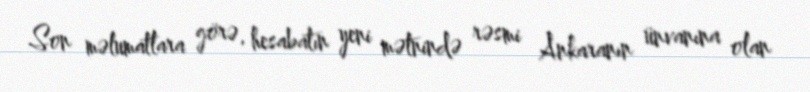
Son məlumatlara görə, hesabatın yeni mətnində rəsmi Ankaranın ünvanına olan